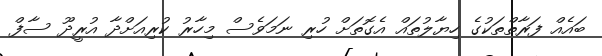
ބައެއް ފަރާތްތަކުގެ ހިޔާލުތައް އެގޮތަށް ހުރި ނަމަވެސް މިހާރު ކުރިއަށްދާ އުރީދޫ ސާފް